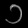
Digit: ၁